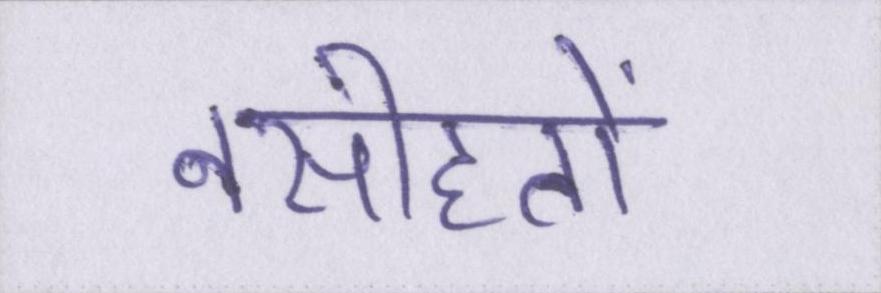
नसीहतों